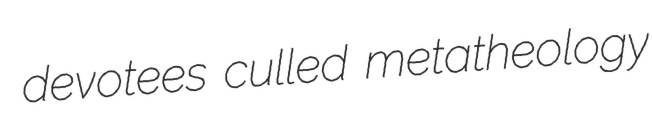
devotees culled metatheology